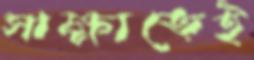
সাক্ষাতেই